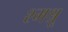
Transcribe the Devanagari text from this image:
श्मश्रू